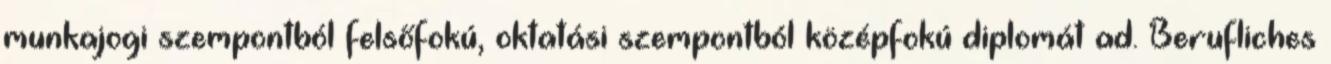
munkajogi szempontból felsőfokú, oktatási szempontból középfokú diplomát ad. Berufliches